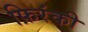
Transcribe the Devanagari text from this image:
फ़िरंकी